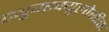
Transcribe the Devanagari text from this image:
ट्युबरक्युलोसीस